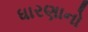
ધારણાનો